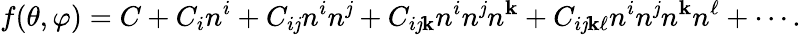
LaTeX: f(\theta,\varphi)=C+C_{i}n^{i}+C_{i\mathit{j}}n^{i}n^{\mathit{j}}+C_{i\mathit{j}\mathbf{k}}n^{i}n^{\mathit{j}}n^{\mathbf{k}}+C_{i\mathit{j}\mathbf{k}\ell}n^{i}n^{\mathit{j}}n^{\mathbf{k}}n^{\ell}+\cdots.